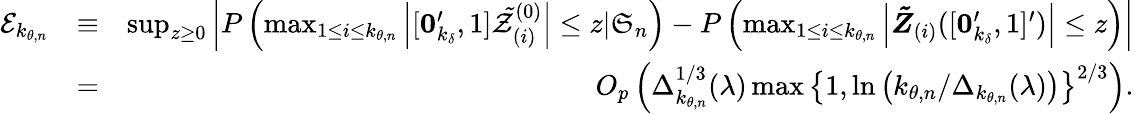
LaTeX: \begin{array}{rlr}{\mathcal{E}_{k_{\theta,n}}}&{\equiv}&{\operatorname*{sup}_{z\geq 0}\left\vert P\left(\operatorname*{max}_{1\leq i\leq k_{\theta,n}}\left\vert[\boldsymbol{0}_{k_{\delta}}^{\prime},1]\mathcal{\tilde{Z}}_{(i)}^{(0)}\right\vert\leq z|\mathfrak{S}_{n}\right)-P\left(\operatorname*{max}_{1\leq i\leq k_{\theta,n}}\left\vert\boldsymbol{\tilde{Z}}_{(i)}([\boldsymbol{0}_{k_{\delta}}^{\prime},1]^{\prime})\right\vert\leq z\right)\right\vert}\\ &{=}&{O_{p}\left(\Delta_{k_{\theta,n}}^{1/3}(\lambda)\operatorname*{max}\left\{ 1,\ln\left(k_{\theta,n}/\Delta_{k_{\theta,n}}(\lambda)\right)\right\} ^{2/3}\right).}\end{array}